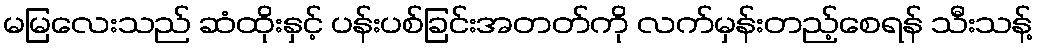
မမြလေးသည် ဆံထိုးနှင့် ပန်းပစ်ခြင်းအတတ်ကို လက်မှန်းတည့်စေရန် သီးသန့်